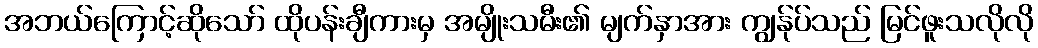
အဘယ်ကြောင့်ဆိုသော် ထိုပန်းချီကားမှ အမျိုးသမီး၏ မျက်နှာအား ကျွန်ုပ်သည် မြင်ဖူးသလိုလို